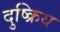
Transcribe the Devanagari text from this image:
दुष्क्रिय